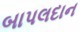
બાપલદાન